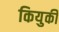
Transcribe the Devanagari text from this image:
कियुकी